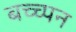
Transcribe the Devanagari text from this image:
बच्च्पन